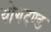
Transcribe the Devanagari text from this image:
योगदण्ड